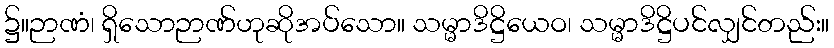
၌။ဉာဏံ၊ ရှိသောဉာဏ်ဟုဆိုအပ်သော။ သမ္မာဒိဋ္ဌိယေဝ၊ သမ္မာဒိဋ္ဌိပင်လျှင်တည်း။